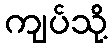
ကျပ်သို့